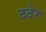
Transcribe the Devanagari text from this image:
ठठेर